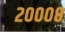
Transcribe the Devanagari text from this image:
२०००८